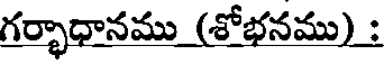
గర్భాధానము (శోభనము) :